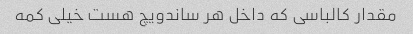
مقدار کالباسی که داخل هر ساندویچ هست خیلی کمه